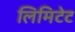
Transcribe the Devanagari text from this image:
लिमिटेट